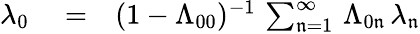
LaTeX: \begin{array}{rlr}{\lambda_{0}}&{{}=}&{(1-\Lambda_{00})^{-1}\, \sum_{\mathfrak{n}=1}^{\infty}\, \Lambda_{0\mathfrak{n}}\, \lambda_{\mathfrak{n}}}\end{array}